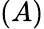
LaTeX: \left(A\right)